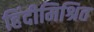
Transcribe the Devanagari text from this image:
हिंदीमिश्रित